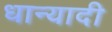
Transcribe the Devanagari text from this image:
धान्यादी